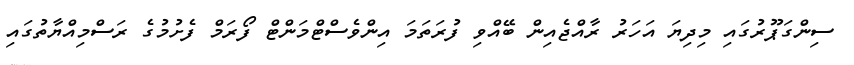
ސިންގަޕޫރުގައި މިދިޔަ އަހަރު ރާއްޖެއިން ބޭއްވި ފުރަތަމަ އިންވެސްޓްމަންޓް ފޯރަމް ފެށުމުގެ ރަސްމިއްޔާތުގައި